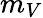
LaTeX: m_{V}